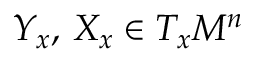
Y _ { x } , \, X _ { x } \in T _ { x } M ^ { n }